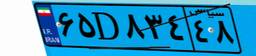
۶۵D۸۳۴۴۸